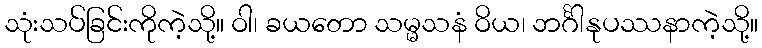
သုံးသပ်ခြင်းကိုကဲ့သို့။ ဝါ၊ ခယတော သမ္မသနံ ဝိယ၊ ဘင်္ဂါနုပဿနာကဲ့သို့။